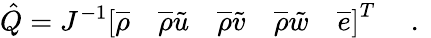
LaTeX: \hat{Q}=J^{-1}\left[\overline{{\rho}}\quad\overline{{\rho}}\tilde{u}\quad\overline{{\rho}}\tilde{v}\quad\overline{{\rho}}\tilde{w}\quad\overline{{e}}\right]^{T}\quad\mathrm{~.~}